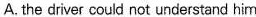
A. the driver could not understand him